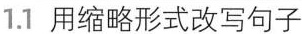
1.1 用缩略形式改写句子